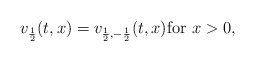
\begin{align*}v_{\frac{1}{2}}(t, x) = v_{\frac{1}{2}, -\frac{1}{2}}(t, x) {\rm for}\,\, x > 0, \end{align*}